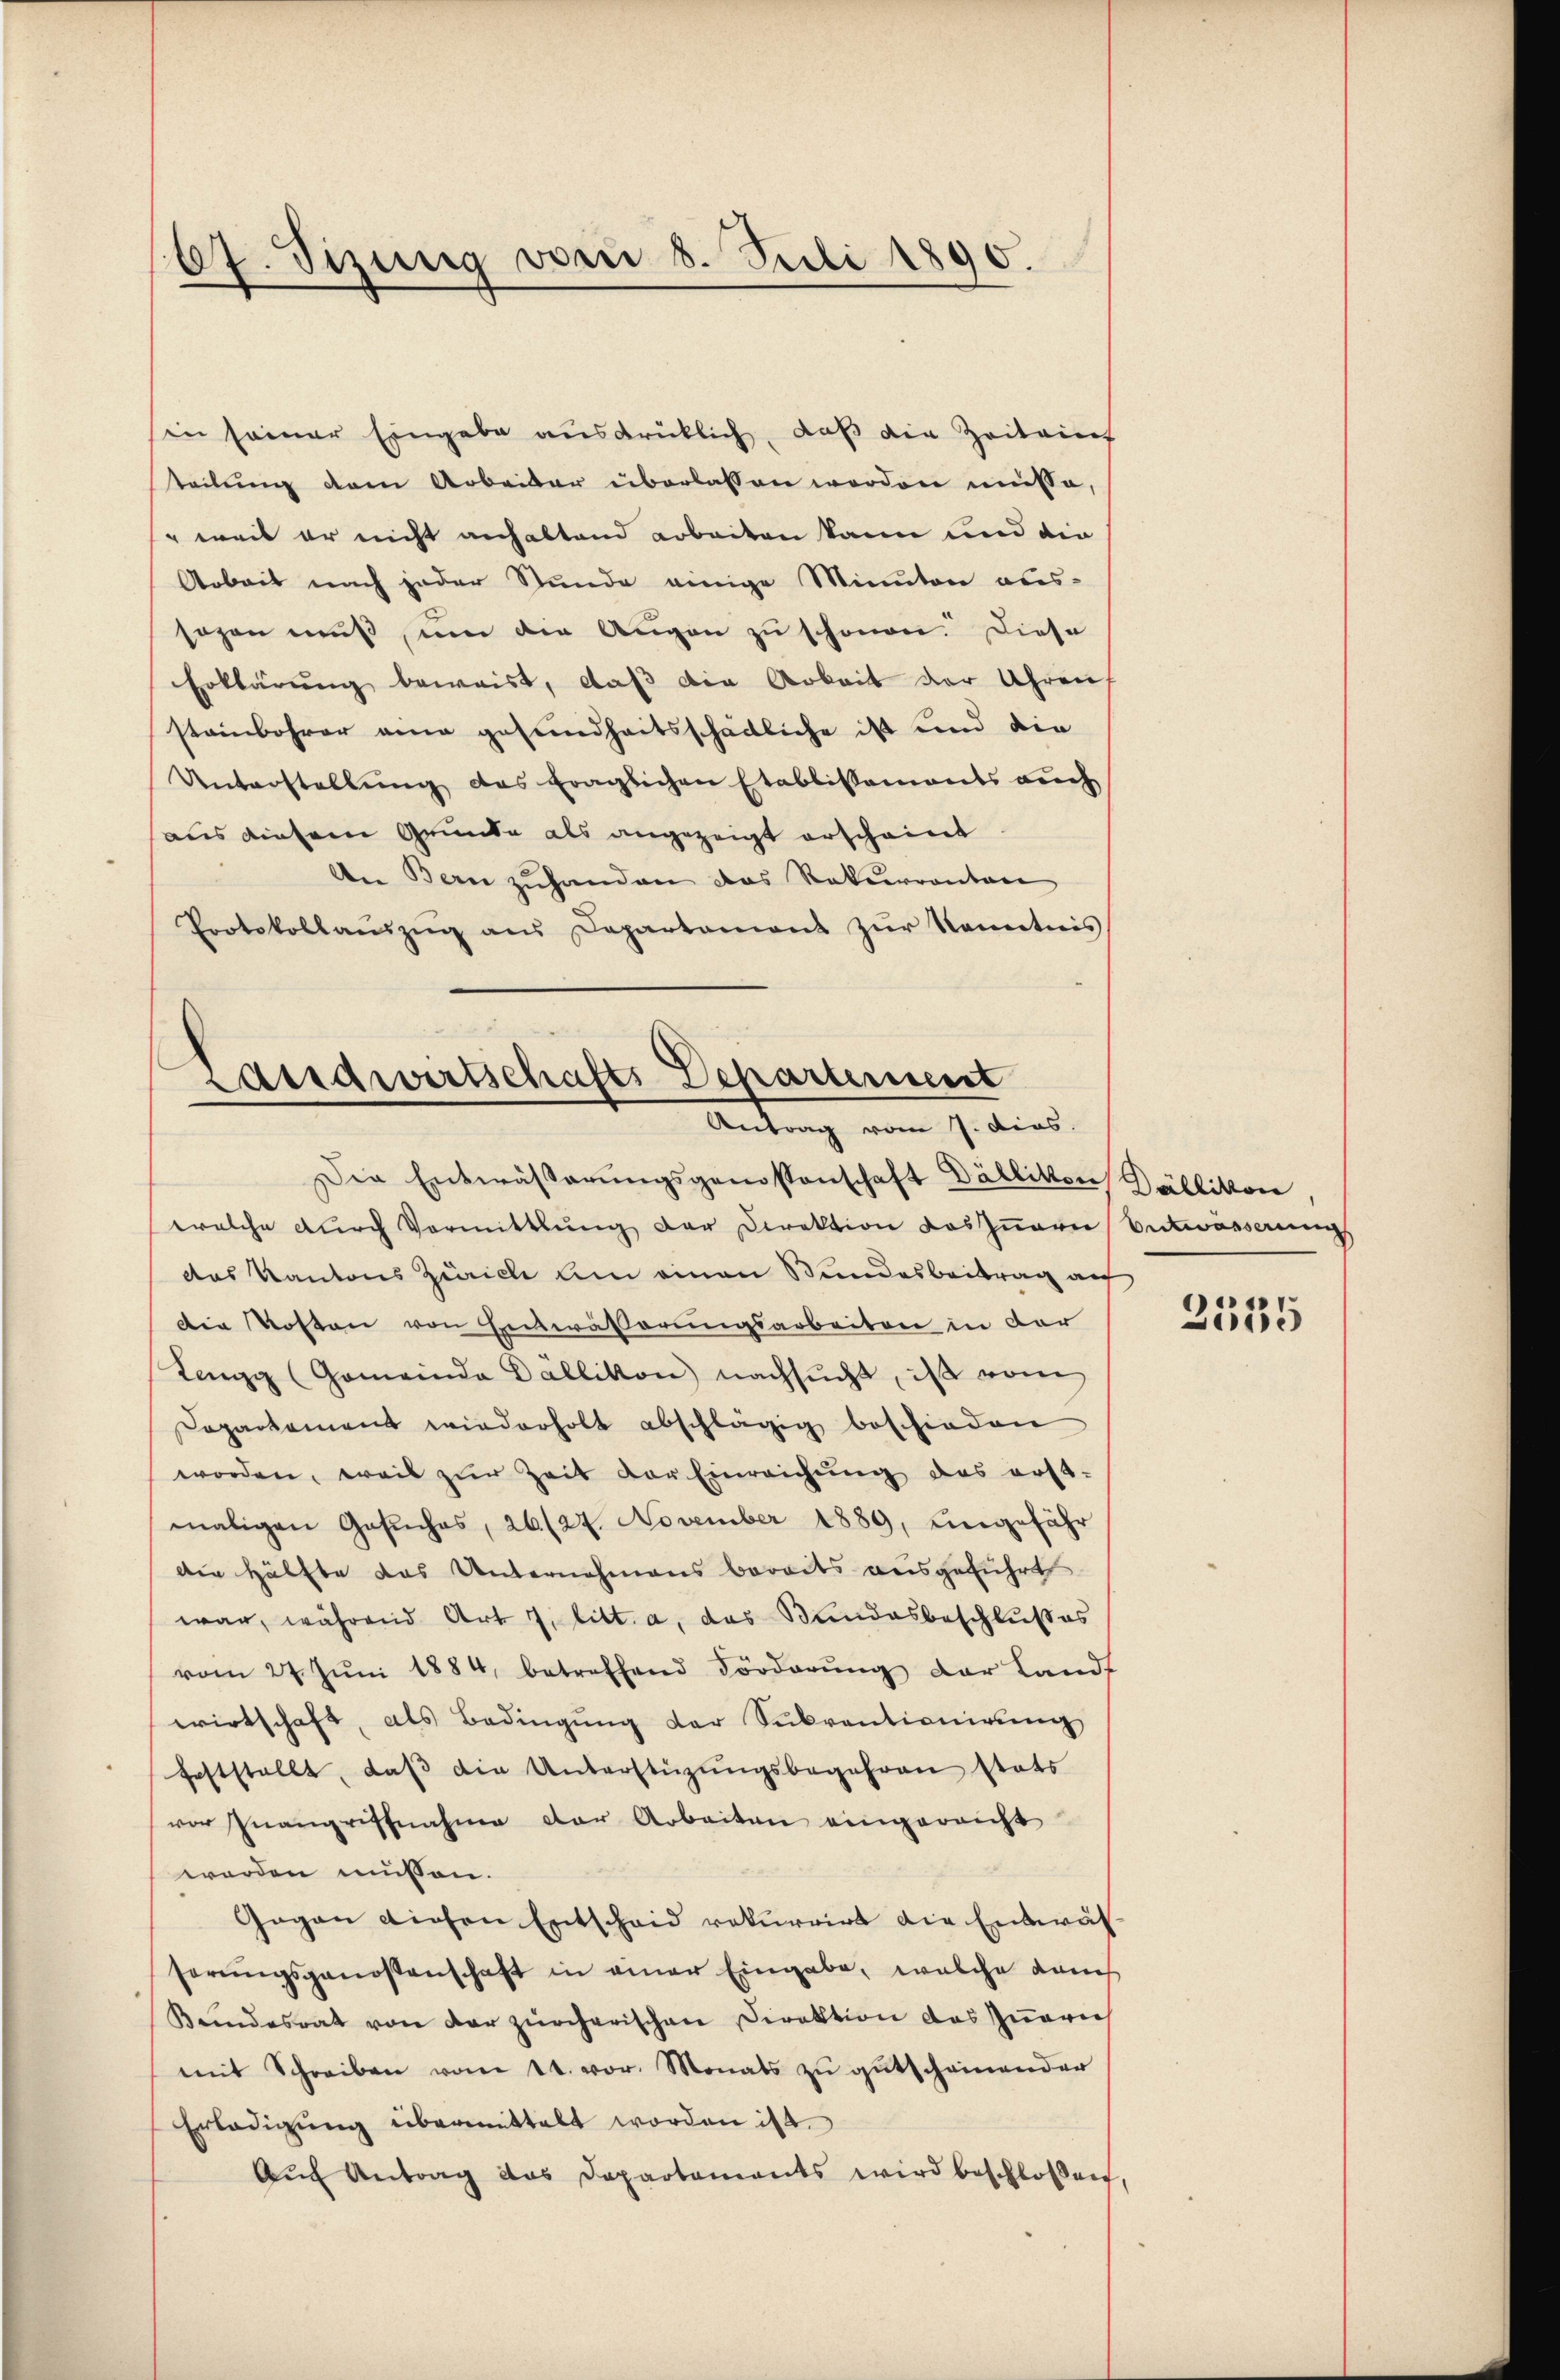
67. Sizung vom 8. Juli 1890.

in seiner Eingabe ausdrücklich, daß die Zeitauf
teilŭng dem Arbeider überlassen worden müsse,
s weil er nicht anhaltend arbeiten kann und die
Arbeit nach jeder Stunde einige Minuten aus-
sagen muß, um die Augen zu schonen. Diese
Erklärung beweist, daß die Arbeit der Uhren
stammbohrer eine gesundheitsschädliche ist und die
Unterstellung des fraglichen Etablissements auch
aus diesem Grunde als angezeigt erscheint.
An Bern zuhanden das Rekurrenten
Protokollaŭszŭg aŭs Departement zŭr Kenntnis

Landwirtschafts Departement
Antrag vom 7. dies

Die Entwässerŭngsgenossenschaft Dällikon, Dällikon
welche durch Vormittlung der Direktion des Innern Entwässerungs
das Kantons Zürich um einen Bundesbeitrag auf
Die Kosten von Entwässerungsarbeiten in der
Lengg (Gemeinde Dällikon nachsucht, ist vom
Dapartement wiederholt abschlägig beschieden
worden, weil zur Zeit der Einreichung des erst-
maligen Gesŭches, 26./24. November 1889, ungefähr
die Hälfte das Unternehmens bereits ausgeführt
war, während Art 7. litt. a, das Bundesbeschlußes
vom 27. Juni 1884, betreffend Förderung der Landf
wirtschaft, als Bedingung der Subventionirung
feststellt, daβ die Unterstützŭngsbegehren stats
vor Inangriffnahme der Arbeiten eingereicht
worden müssen.
Gegen diesen Entscheid rekurrirt die Entwässerungsgenossenschaft in einer Eingabe, welche dah
Kundesrat von der zürcherischen Direktion das Quaris
mit Schreiben vom 2t. vor. Monats zu gutscheinender
Erledigung übermittelt worden ist.
Auf Antrag das Departaments wird beschloßen,

2535